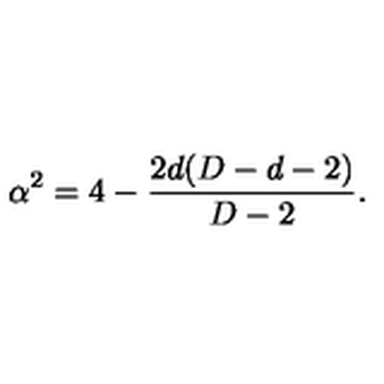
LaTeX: \alpha ^ { 2 } = 4 - \frac { 2 d ( D - d - 2 ) } { D - 2 } .